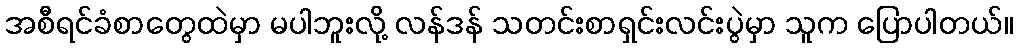
အစီရင်ခံစာတွေထဲမှာ မပါဘူးလို့ လန်ဒန် သတင်းစာရှင်းလင်းပွဲမှာ သူက ပြောပါတယ်။